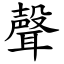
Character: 聲